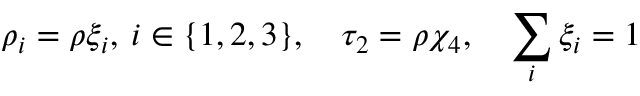
\rho _ { i } = \rho \xi _ { i } , \: i \in \{ 1 , 2 , 3 \} , \quad \tau _ { 2 } = \rho \chi _ { 4 } , \quad \sum _ { i } \xi _ { i } = 1